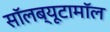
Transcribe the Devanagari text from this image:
सॉलब्यूटामॉल